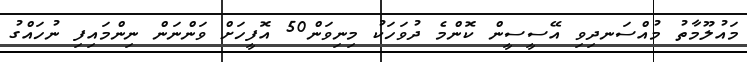
މައުލޫމާތު މުއްސަނދިވި އޭސީސީން ކޮންމެ ދުވަހަކު މިނިވަން50 އޮފީހަށް ވަންނަން ނިންމައިފި ނުހައްގު